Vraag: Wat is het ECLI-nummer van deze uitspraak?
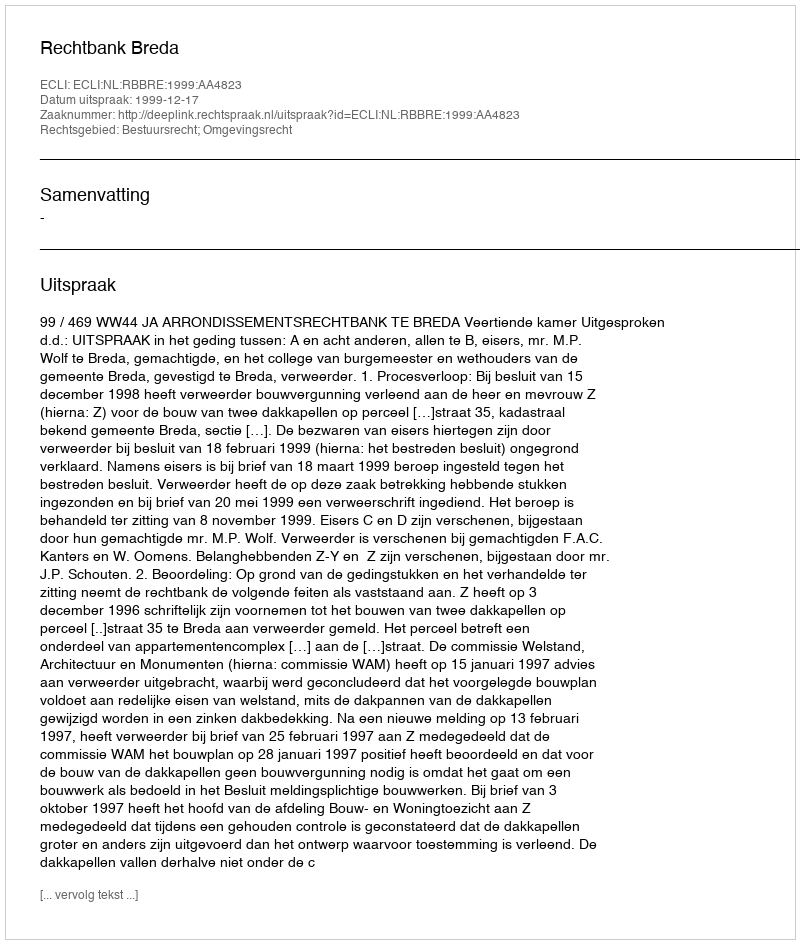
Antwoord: ECLI:NL:RBBRE:1999:AA4823